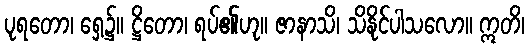
ပုရတော၊ ရှေ့၌။ ဋ္ဌိတော၊ ရပ်၏ဟု။ ဇာနာသိ၊ သိနိုင်ပါသလော။ ဣတိ၊